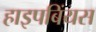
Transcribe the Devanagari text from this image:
हाइपबिंयस